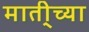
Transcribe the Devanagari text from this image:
माती्च्या